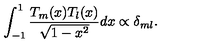
\int _ { - 1 } ^ { 1 } { \frac { T _ { m } ( x ) T _ { l } ( x ) } { \sqrt { 1 - x ^ { 2 } } } } d x \propto \delta _ { m l } .